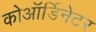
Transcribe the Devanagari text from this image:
कोऑर्डिनेटर